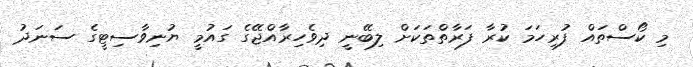
މި ކޯސްތައް ފުރިހަމަ ކުރާ ފަރާތްތަކަށް ލިބޭނީ ދިވެހިރާއްޖޭގެ ގައުމީ ޔުނިވާސިޓީގެ ސަނަދު